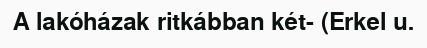
A lakóházak ritkábban két- (Erkel u.